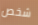
شخص